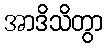
အာဒိသိတွာ